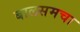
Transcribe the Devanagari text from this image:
बालसमचा